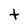
Character: t